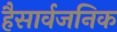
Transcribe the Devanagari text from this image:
हैसार्वजनिक